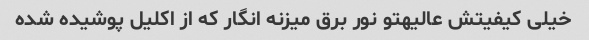
خیلی کیفیتش عالیهتو نور برق میزنه انگار که از اکلیل پوشیده شده